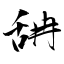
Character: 舑